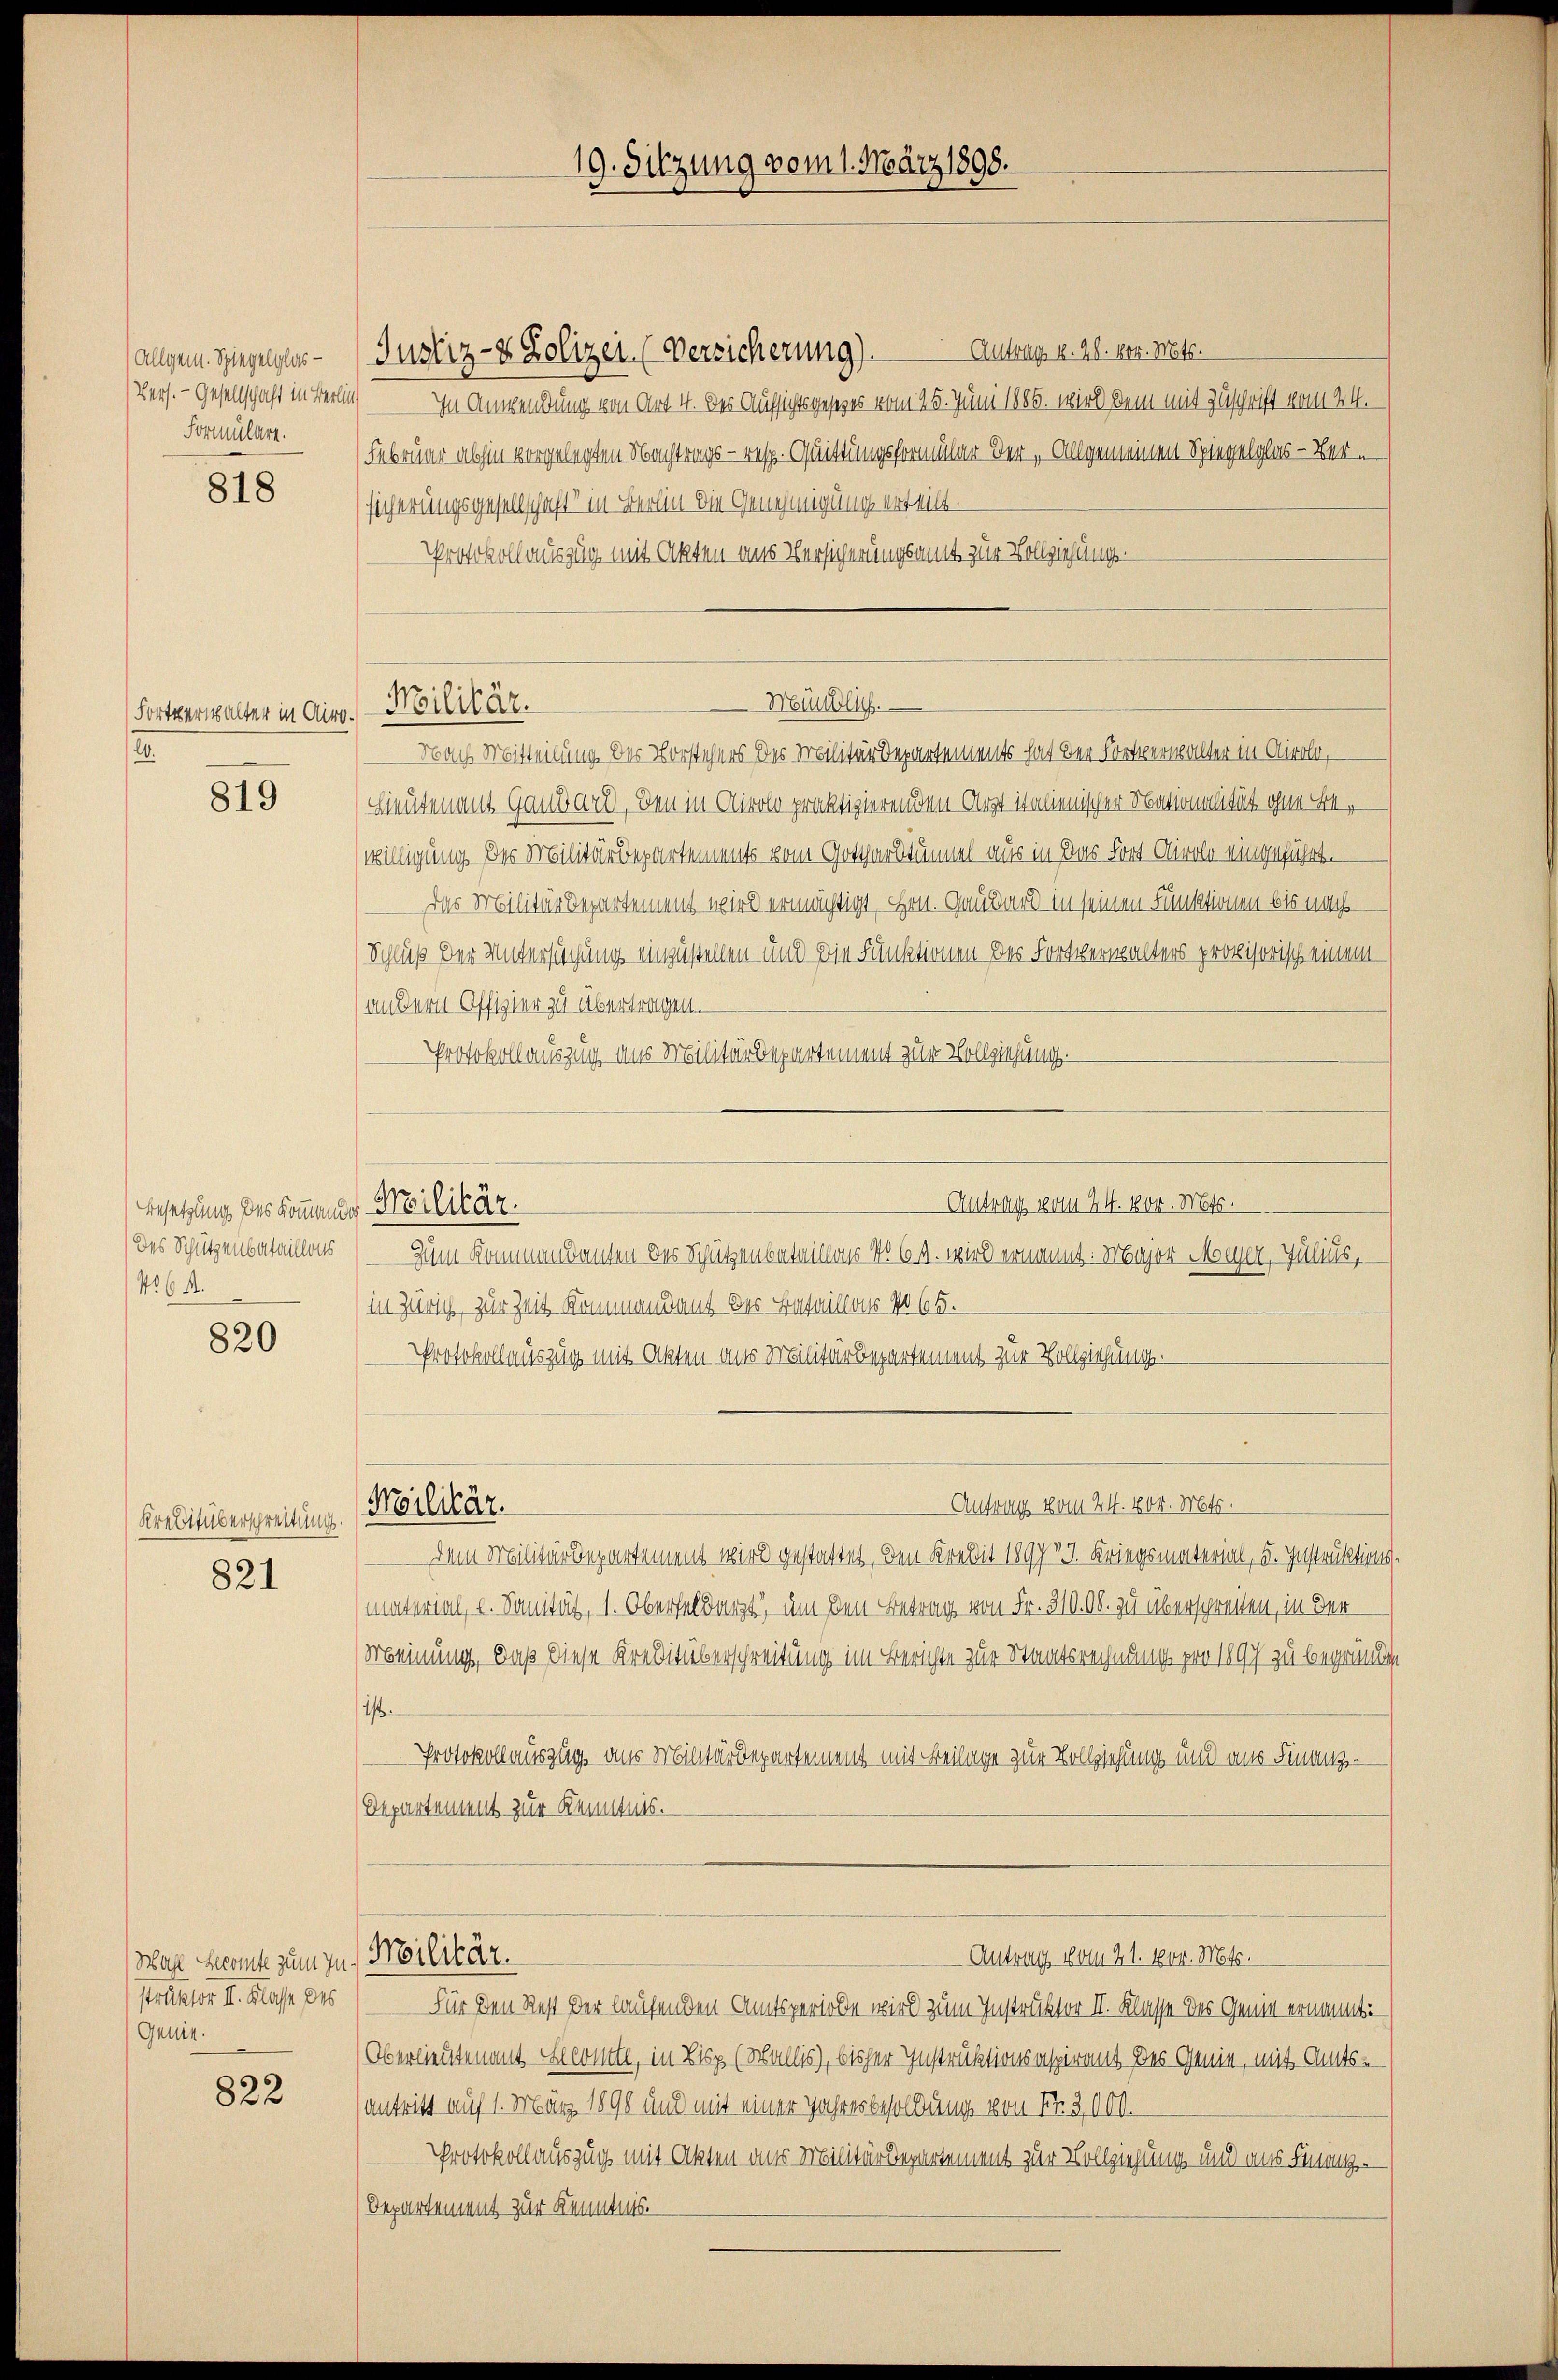
Allgem. Spiegelglas¬
Formulare.

818

Fortverwalter in ding. Militär.
.

819

Besetzung des Kommende Militär.
Des Schützenbataillons
N5644.

820

Kreditüberschreitung.

821

Wahl Beront zum zu. Militär.
struktor I. Klasse des
Genie.

822

Justiz- & Polizei (Versicherung). Antrag v. 28. vor. Mts.
Vers. - Gesellschaft in Berlin In Anwendung von Art. 4. des Aufsichtsgesetzes vom 25. Juni 1885. wird dem mit Zuschrift vom 24.
Februar abhin vorgelegten Nachtrags- resp. Quittungsformular der „Allgemeinen Spiegelglas - Bern
sicherungsgesellschaft in Berlin die Genehmigung erteilt.
Protokollauszug mit Akten aus Versicherungsamt zur Vollziehungs-
Hieutenant Gaubart, den in Airolo praktizierenden Arzt italienischer Nationalität ohne Bewilligung des Militärdepartements vom Gotthardtummel aus in das Fort Airole eingeführt.
 Das Militärdepartement wird ermächtigt, Hrn. Gaubart in seinen Funktionen bis nach
Schluß der Untersuchung einzustellen und die Funktionen des Fortverwalters provisorisch einem
(andern Offizier zu übertragen.
Protokollauszug aus Militärdepartement zur Vollziehung.
Zum Kommandanten des Schützenbataillons No 61. wird ernannt: Major Meyer, Julius,
in Zürich, zur Zeit kommendant der Bataillons No 65.
Protokollauszug mit Akten aus Militärdepartement zur Vollziehung.
 Antrags vom 24. 104. Mts.
Militär.
Dem Militärdepartement wird gestattet, den Kredit 1897 v. Kriegsmaterial, u. Instruktions-
material, u. Sanität, 1. Oberfeldarst, um den Betrag von Fr. 310. 00. zu überschreiten, in der
Meinung, daß diese Kreditüberschreitung im Berichte zur Staatsrechnung pro 1897 zu begründen
i.
Protokollauszug aus Militärdepartement mit Beilage zur Vollziehung und ans Finanz-
Departement zur Kenntnis.
 Antrag vom 21. Nov. Mts.
Für den Rest der laufenden Amtsgerichte wird zum Instruktor II. Klasse des Genie ernannt:
Oberlieutenant conte, in Lip (Wallis), bisher Instruktionsaspirant des Genie, mit Amts-
antritt auf 1. März 1898 und mit einer Jahresbesoldung von Fr. 2,000.
Protokollauszug mit Akten aus Militärdepartement zur Vollziehung und ans Finanz-
Departement zur Kenntnis.

19. Sitzung vom 1. März 1898.

Münklus.
Nach Mitteilung der Vorstehens des Militärdepartements hat der Fortverwalter in Airolo,

Autrag vom 24. 1804. Mts.